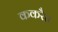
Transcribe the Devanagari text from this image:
ककरैत